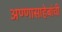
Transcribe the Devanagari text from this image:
अण्णासाहेबांची